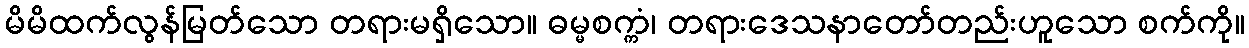
မိမိထက်လွန်မြတ်သော တရားမရှိသော။ ဓမ္မစက္ကံ၊ တရားဒေသနာတော်တည်းဟူသော စက်ကို။